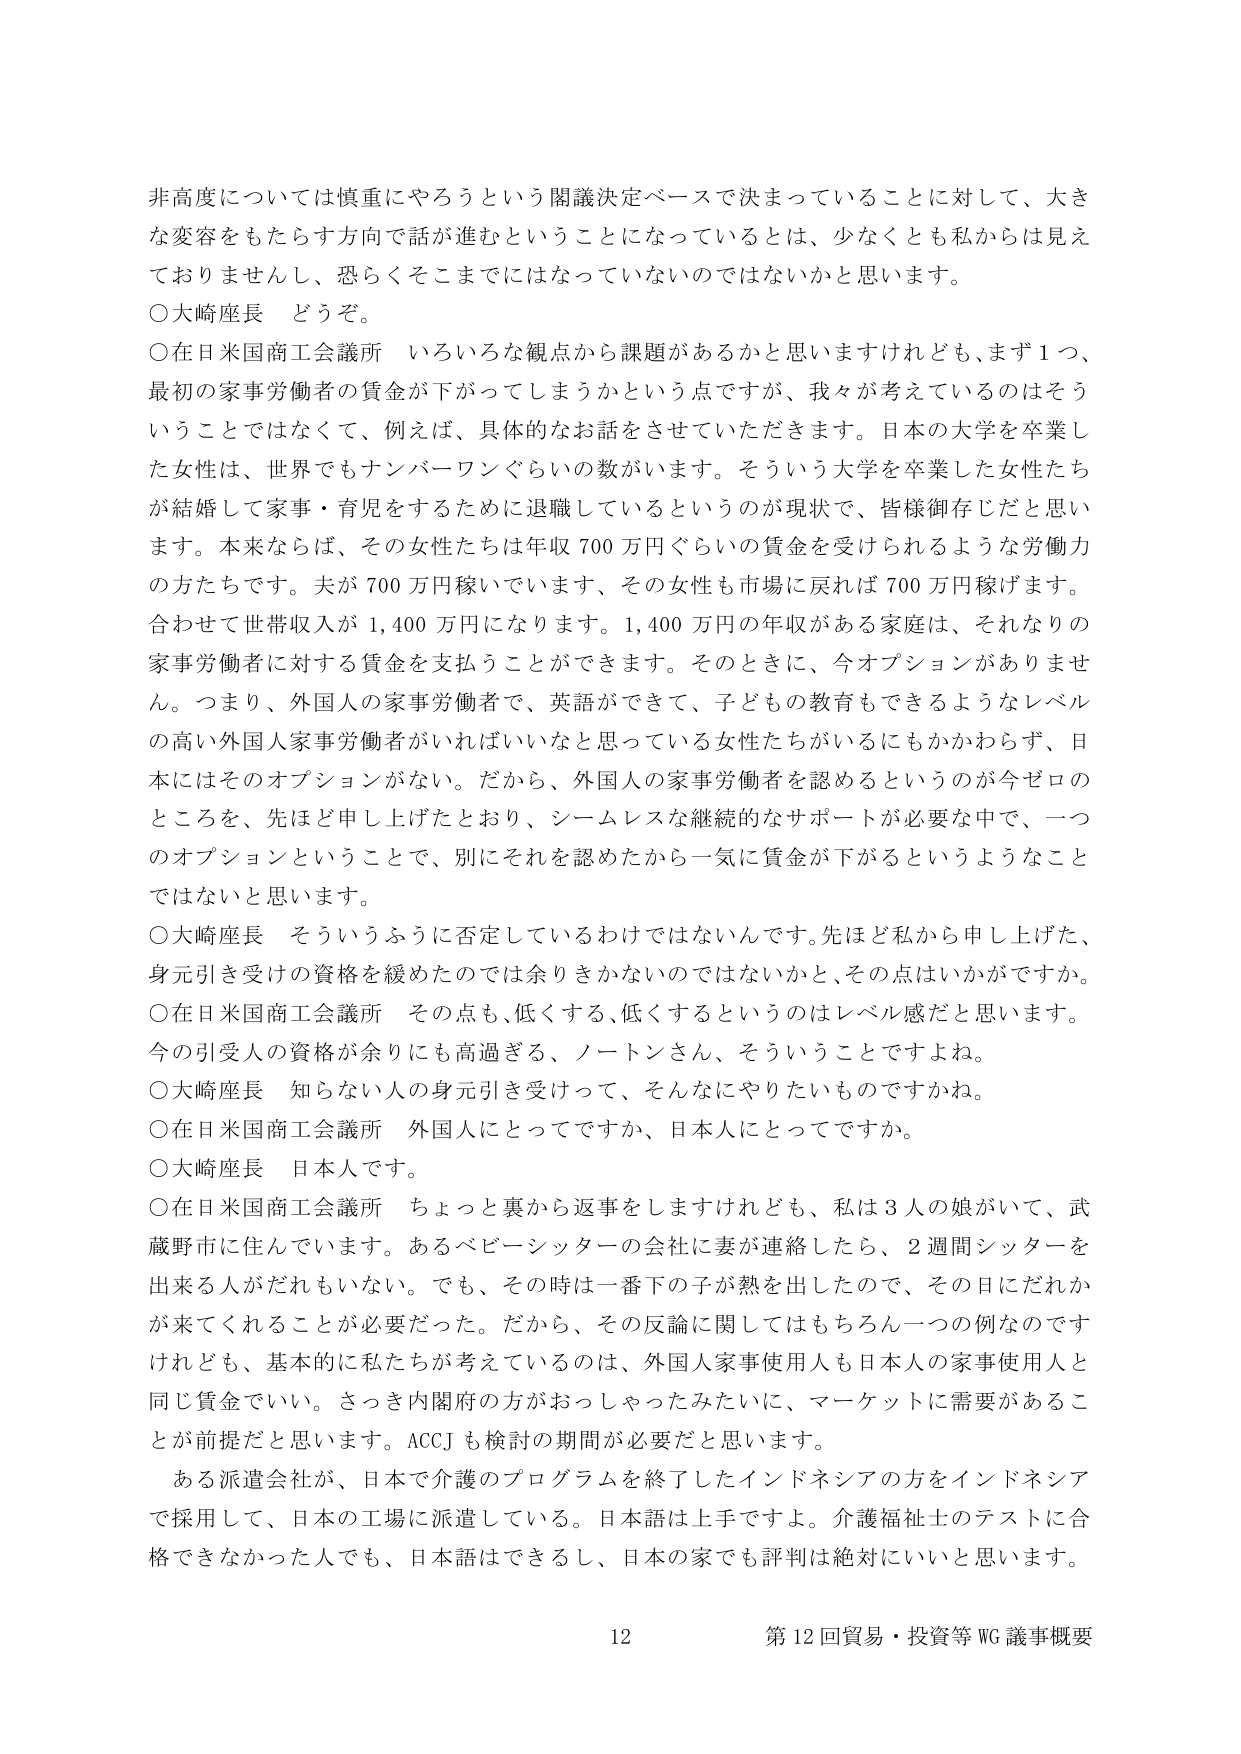
非高度については慎重にやろうという閣議決定ベースで決まっていることに対して、大きな変容をもたらす方向で話が進むということになっているとは、少なくとも私からは見えておりませんし、恐らくそこまでにはなっていないのではないかと思います。

○大崎座長 どうぞ。

○在日米国商工会議所 いろいろな観点から課題があるかと思いますけれども、まず１つ、最初の家事労働者の賃金が下がってしまうかという点ですが、我々が考えているのはそういうことではなくて、例えば、具体的なお話をさせていただきます。日本の大学を卒業した女性は、世界でもナンバーワンぐらいの数がいます。そういう大学を卒業した女性たちが結婚して家事・育児をするために退職しているというのが現状で、皆様御存じだと思います。本来ならば、その女性たちは年収700万円ぐらいの賃金を受けられるような労働力の方たちです。夫が700万円稼いでいます、その女性も市場に戻れば700万円稼げます。合わせて世帯収入が1,400万円になります。1,400万円の年収がある家庭は、それなりの家事労働者に対する賃金を支払うことができます。そのときに、今オプションがありません。つまり、外国人の家事労働者で、英語ができて、子どもの教育もできるようなレベルの高い外国人家事労働者がいればいいなと思っている女性たちがいるにもかかわらず、日本にはそのオプションがない。だから、外国人の家事労働者を認めるというのが今ゼロのところを、先ほど申し上げたとおり、シームレスな継続的なサポートが必要な中で、一つのオプションということで、別にそれを認めたから一気に賃金が下がるというようなことではないと思います。

○大崎座長 そういうふうに否定しているわけではないんです。先ほど私から申し上げた、身元引き受けの資格を緩めたのでは余りきかないのではないかと、その点はいかがですか。

○在日米国商工会議所 その点も、低くする、低くするというのはレベル感だと思います。今の引受人の資格が余りにも高過ぎる、ノートンさん、そういうことですよね。

○大崎座長 知らない人の身元引き受けって、そんなにやりたいものですかね。

○在日米国商工会議所 外国人にとってですか、日本人にとってですか。

○大崎座長 日本人です。

○在日米国商工会議所 ちょっと裏から返事をしますけれども、私は3人の娘がいて、武蔵野市に住んでいます。あるベビーシッターの会社に妻が連絡したら、2週間シッターを出来る人がだれもいない。でも、その時は一番下の子が熱を出したので、その日にだれかが来てくれることが必要だった。だから、その反論に関してはもちろん一つの例なのですが、基本的になにか考えているのは、外国人家事使用人も日本人の家事使用人と同じ賃金でいい。さっき内閣府の方がおっしゃったみたいに、マーケットに需要があることが前提だと思います。ACCJも検討の期間が必要だと思います。

ある派遣会社が、日本で介護のプログラムを終了したインドネシアの方をインドネシアで採用して、日本の工場に派遣している。日本語は上手ですよ。介護福祉士のテストに合格できなかった人でも、日本語はできるし、日本の家でも評判は絶対にいいと思います。

12 第12回貿易・投資等WG議事概要